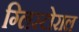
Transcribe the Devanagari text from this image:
ग्लिस्टोराल